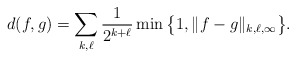
\begin{align*}d(f,g) = \sum_{k,\ell} \frac{1}{2^{k+\ell}} \min \big\{ 1, \|f-g\|_{k,\ell,\infty}\big\}.\end{align*}